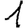
Digit: 1